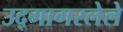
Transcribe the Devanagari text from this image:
उद्गागरलेले